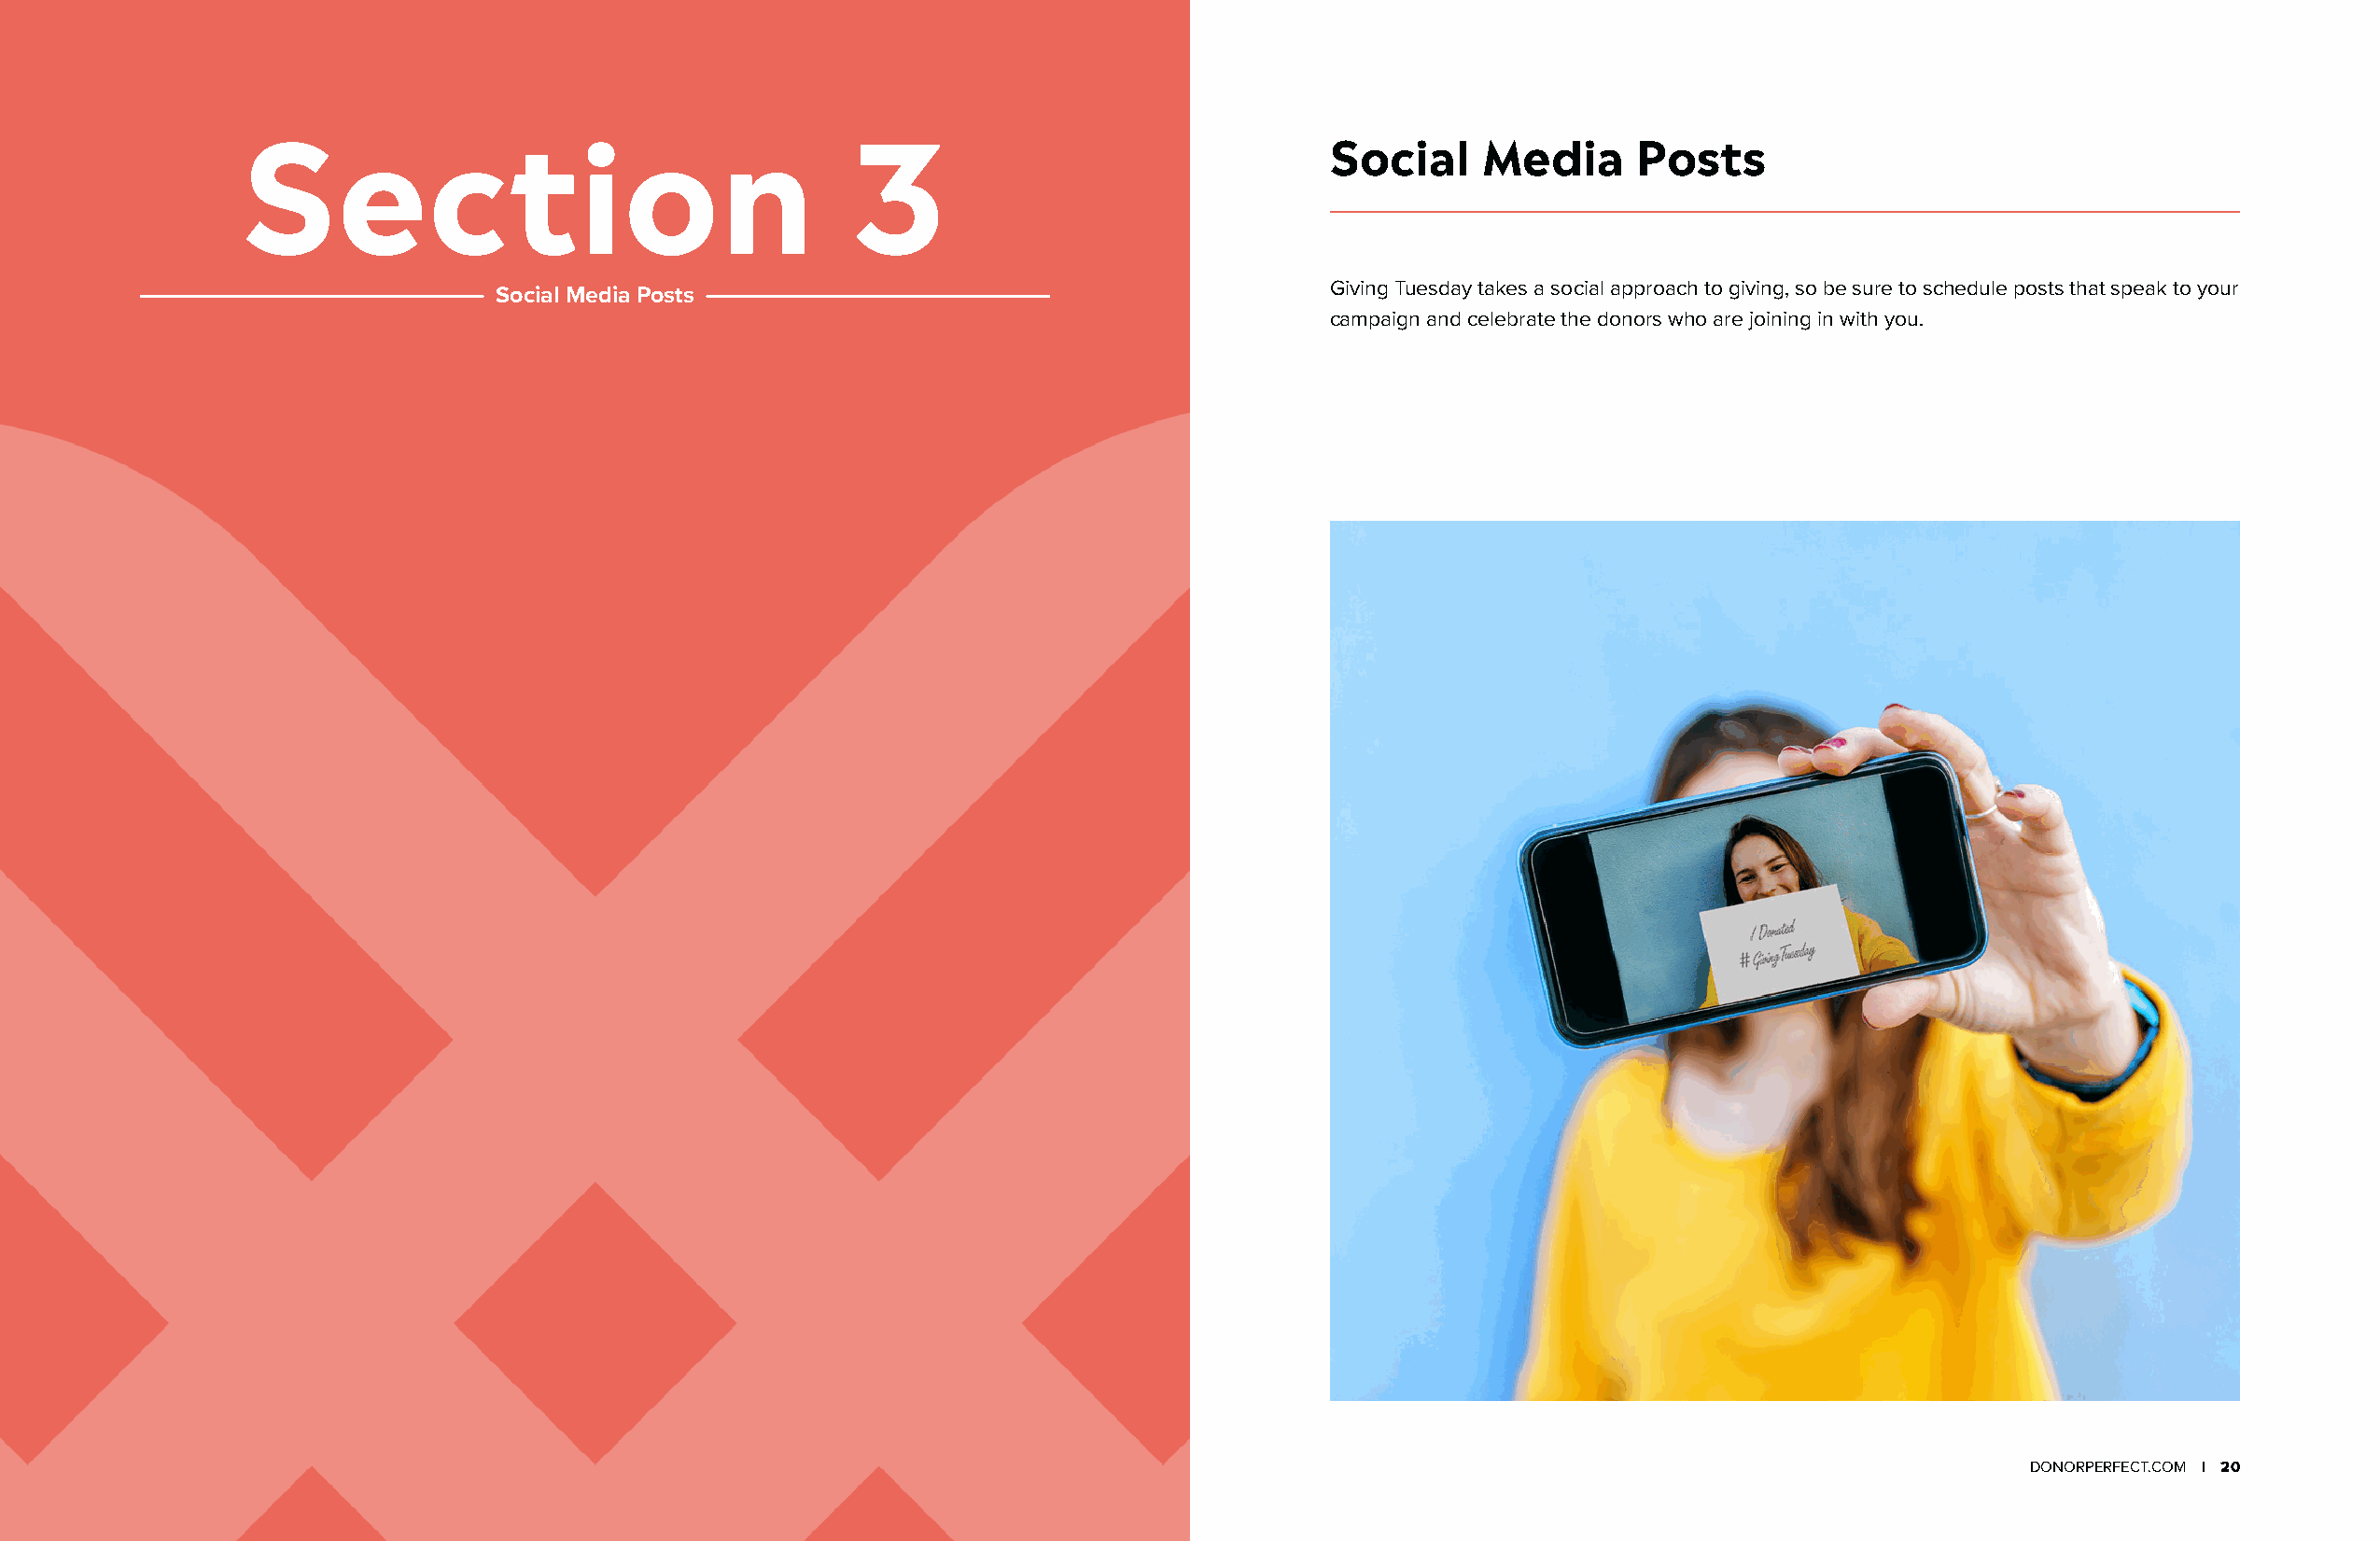
Social     Media      Posts
 Section                                    3
 Giving Tuesday takes a social approach to giving, so be sure to schedule posts that speak to your
 Social Media Posts
 campaign and celebrate the donors who are joining in with you.
 19 | DONORPERFECT.COM                                                                                                                 DONORPERFECT.COM | 20